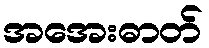
အအေးဓာတ်